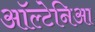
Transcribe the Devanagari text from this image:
ऑल्टेनिआ